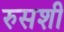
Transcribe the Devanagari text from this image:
रुसशी